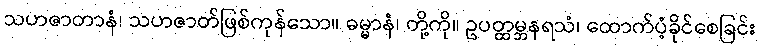
သဟဇာတာနံ၊ သဟဇာတ်ဖြစ်ကုန်သော။ ဓမ္မာနံ၊ တို့ကို။ ဥပတ္ထမ္ဘနရသံ၊ ထောက်ပံ့ခိုင်စေခြင်း